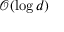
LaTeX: { \mathcal { O } } ( \log d )